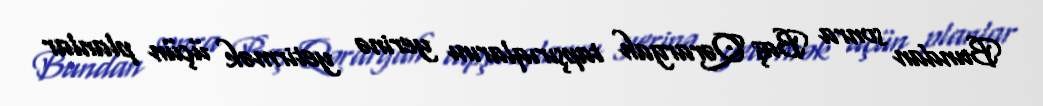
Bundan sonra Baş Qərargah tapşırıqlarını yerinə yetirmək üçün planlar